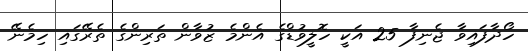
ހޯދާފައިވާ ޖެނިފާ 25 އަކީ ހޮލީވުޑްގެ އެންމެ ޒުވާން ތަރިންގެ ތެރޭގައި ހިމެނޭ